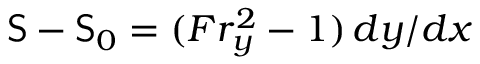
\mathsf { S } - \mathsf { S } _ { 0 } = ( F r _ { y } ^ { 2 } - 1 ) \, d y / d x